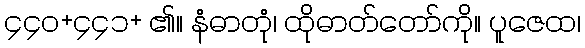
၄၄၀+၄၄၁+ ၏။ နံဓာတုံ၊ ထိုဓာတ်တော်ကို။ ပူဇေထ၊